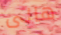
هالى